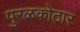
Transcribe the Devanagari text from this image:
पुरळकोठार